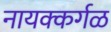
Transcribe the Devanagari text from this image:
नायक्कर्गळ